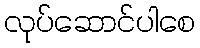
လုပ်ဆောင်ပါစေ